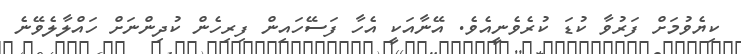
ކިޔެވުމަށް ފަރުވާ ކުޑަ ކުރެވެނީއެވެ. އޭނާއަކީ އެހާ ފަސޭހައިން ފިރިހެން ކުދިންނަށް ހައްލާލެވޭނެ